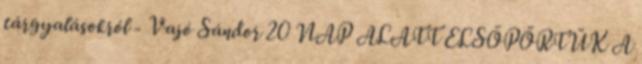
tárgyalásokról - Vajó Sándor 20 NAP ALATT ELSÖPÖRTÜK A